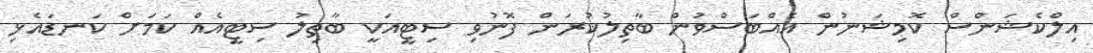
އިލްކެޝަންސް ކޮމިޝަނުން އެއްބަސްވުން ބާތިލުކުރަން ފޮނުވި ސިޓީއަކީ ބާތިލު ސިޓީއެއް ކަމަށް ކަނޑައެޅި